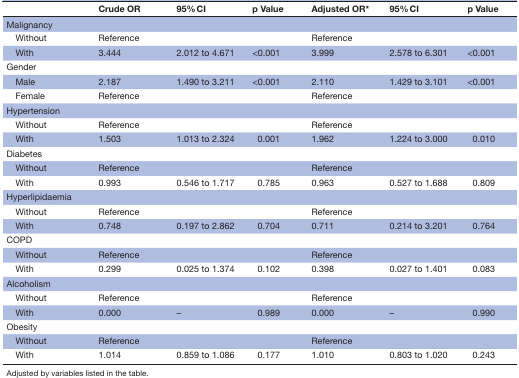
|  | Crude OR | 95% CI | p Value | Adjusted OR* | 95% CI | p Value |
 | --- | --- | --- | --- | --- | --- | --- |
 | Malignancy |  |  |  |  |  |  |
 | Without | Reference |  |  | Reference |  |  |
 | With | 3.444 | 2.012 to 4.671 | <0.001 | 3.999 | 2.578 to 6.301 | <0.001 |
 | Gender |  |  |  |  |  |  |
 | Male | 2.187 | 1.490 to 3.211 | <0.001 | 2.110 | 1.429 to 3.101 | <0.001 |
 | Female | Reference |  |  | Reference |  |  |
 | Hypertension |  |  |  |  |  |  |
 | Without | Reference |  |  | Reference |  |  |
 | With | 1.503 | 1.013 to 2.324 | 0.001 | 1.962 | 1.224 to 3.000 | 0.010 |
 | Diabetes |  |  |  |  |  |  |
 | Without | Reference |  |  | Reference |  |  |
 | With | 0.993 | 0.546 to 1.717 | 0.785 | 0.963 | 0.527 to 1.688 | 0.809 |
 | Hyperlipidaemia |  |  |  |  |  |  |
 | Without | Reference |  |  | Reference |  |  |
 | With | 0.748 | 0.197 to 2.862 | 0.704 | 0.711 | 0.214 to 3.201 | 0.764 |
 | COPD |  |  |  |  |  |  |
 | Without | Reference |  |  | Reference |  |  |
 | With | 0.299 | 0.025 to 1.374 | 0.102 | 0.398 | 0.027 to 1.401 | 0.083 |
 | Alcoholism |  |  |  |  |  |  |
 | Without | Reference |  |  | Reference |  |  |
 | With | 0.000 | – | 0.989 | 0.000 | – | 0.990 |
 | Obesity |  |  |  |  |  |  |
 | Without | Reference |  |  | Reference |  |  |
 | With | 1.014 | 0.859 to 1.086 | 0.177 | 1.010 | 0.803 to 1.020 | 0.243 |